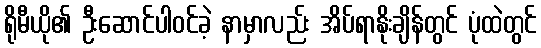
ရိုမီယို၏ ဦးဆောင်ပါဝင်ခဲ့ နာမှာလည်း အိပ်ရာနိုးချိန်တွင် ပုံထဲတွင်